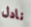
نادل